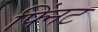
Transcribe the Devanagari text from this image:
फ्निंट